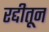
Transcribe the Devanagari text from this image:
रद्दीतून